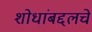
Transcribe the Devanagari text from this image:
शोधांबद्दलचे